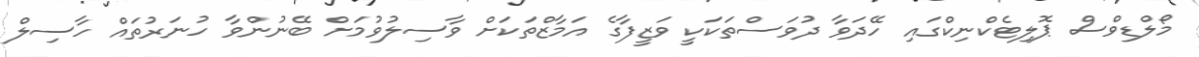
މޯލްޑިވްސް ޕޮލިޓެކްނިކްގައި ހޭދަވާ ދުވަސްތަކަކީ ވަޒީފާގެ އަމާޒްތަކަށް ވާސިލުވުމަށް ބޭނުންވާ ހުނަރުތައް ހާސިލް